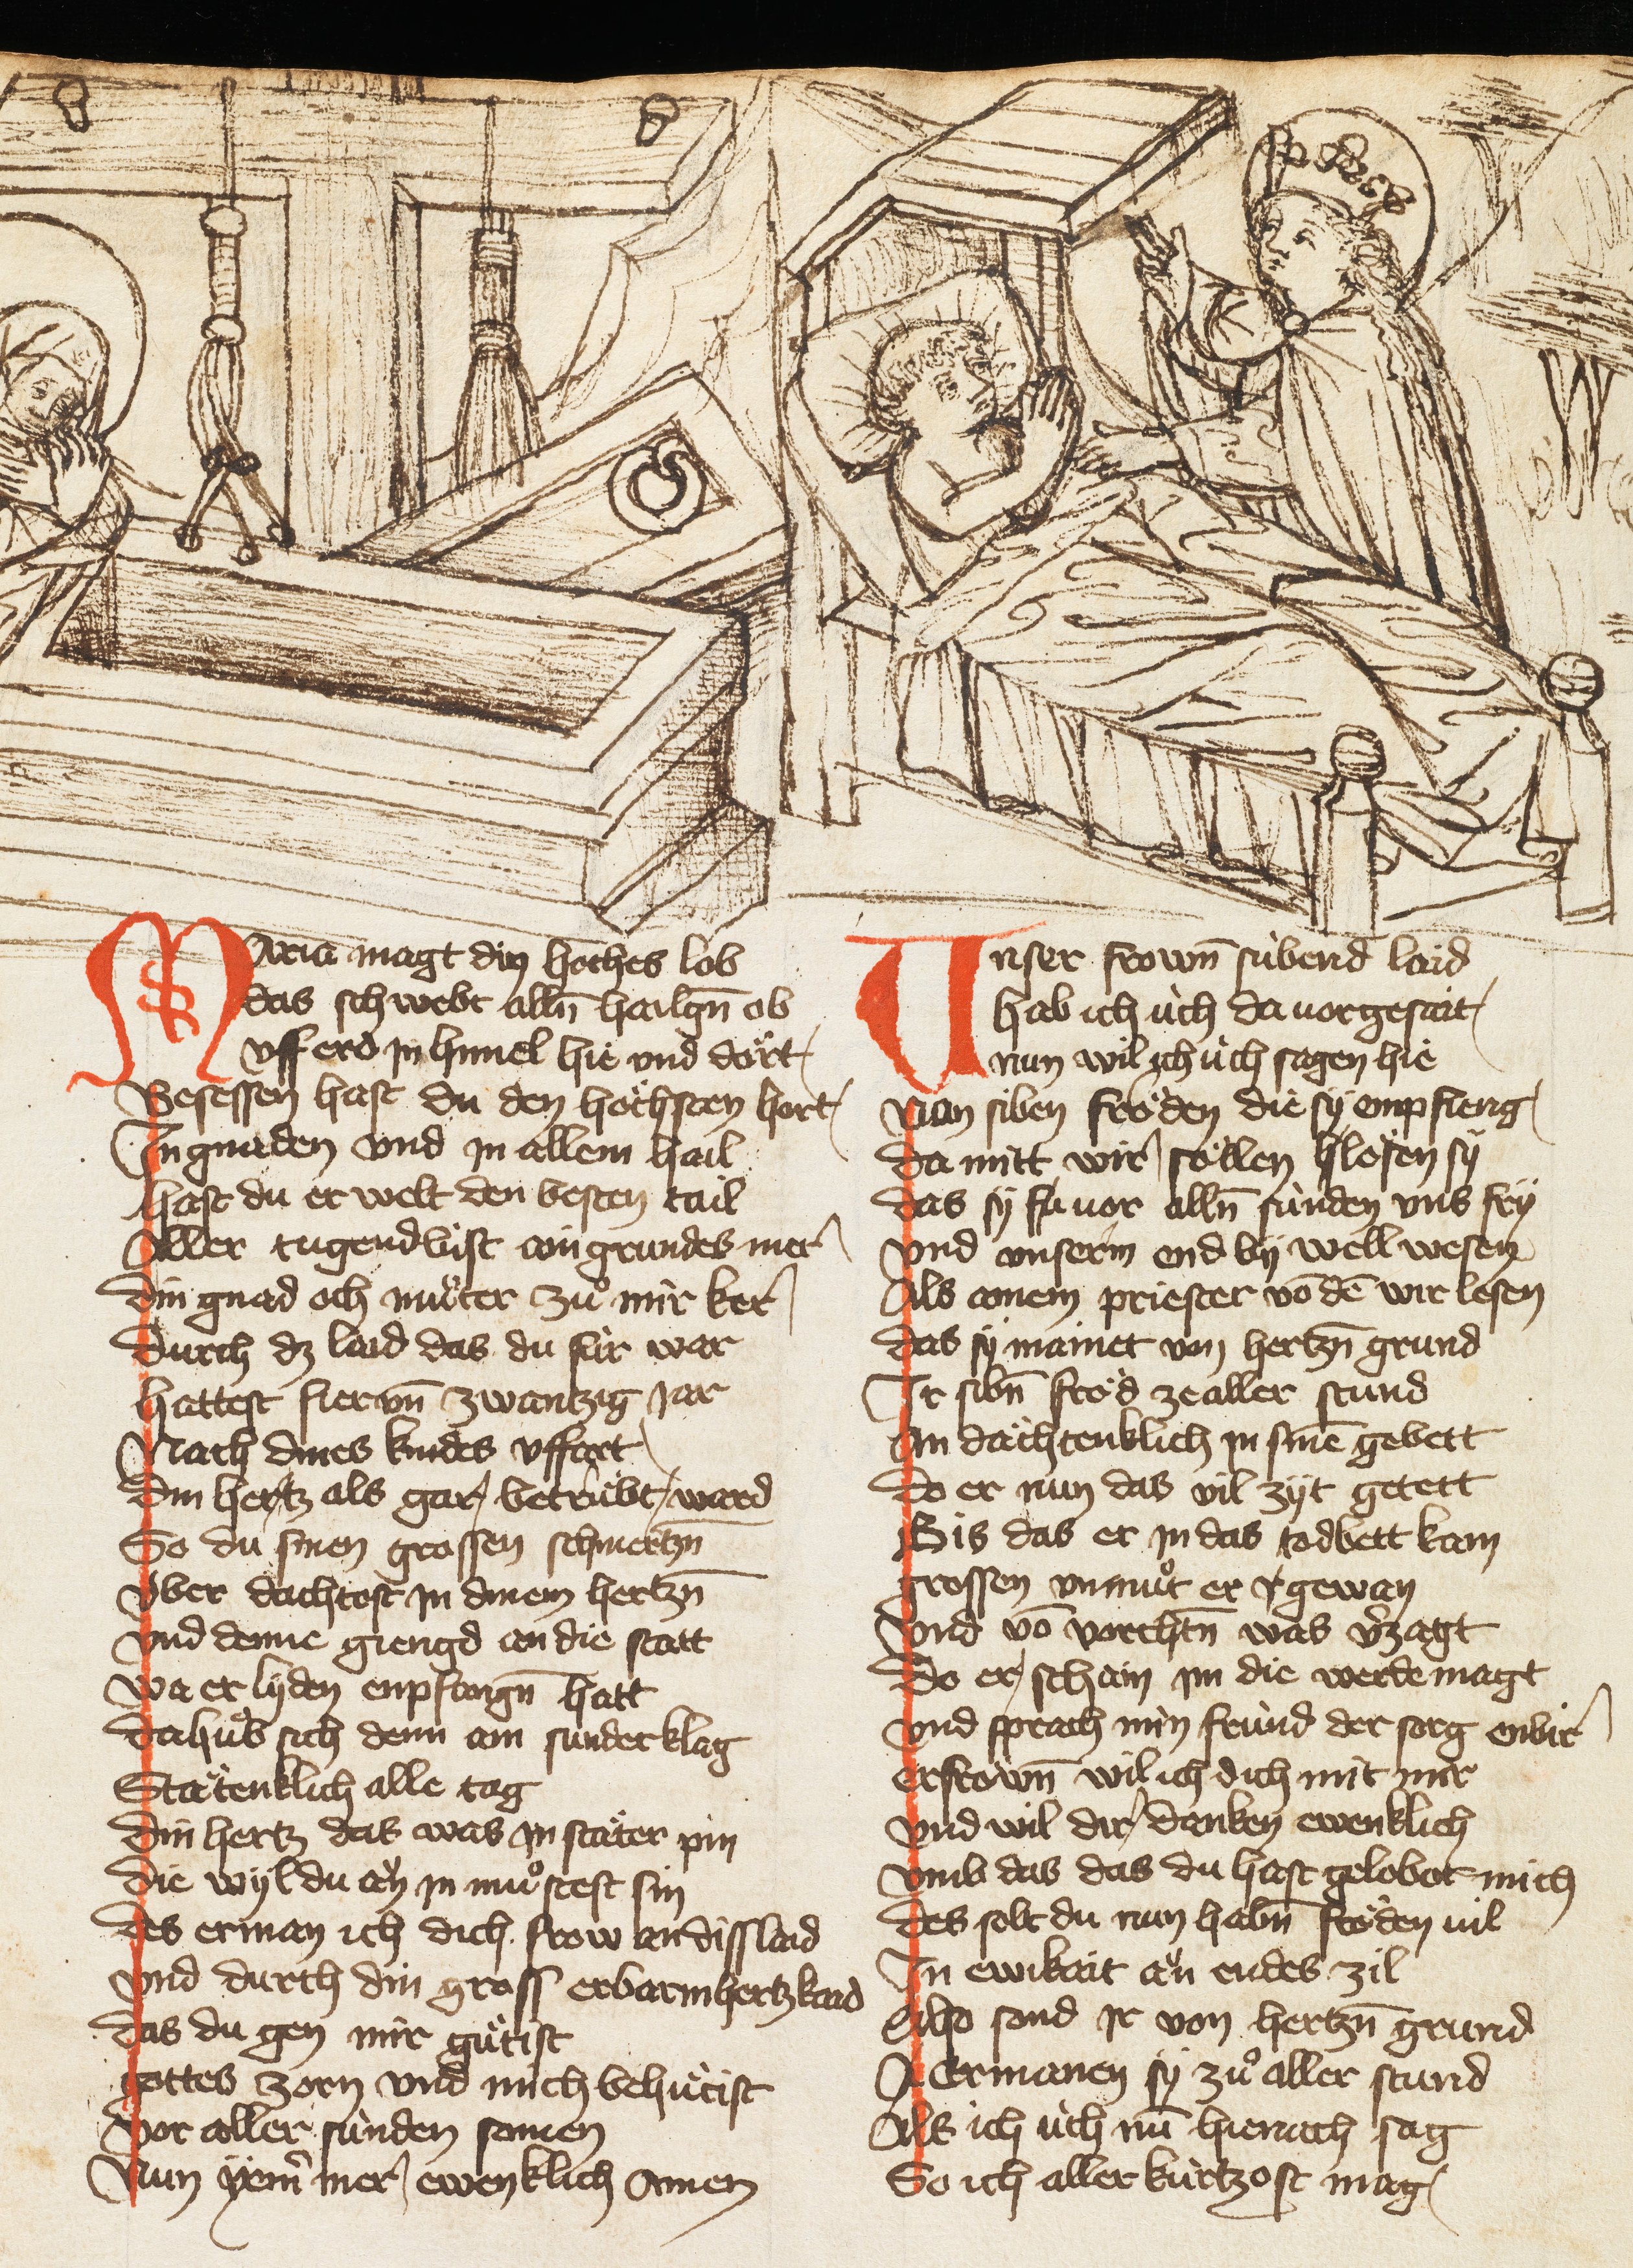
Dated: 1385–1415